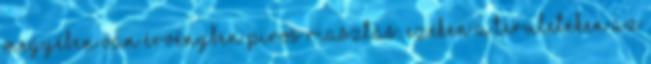
megyében van érvényben piros riasztás. Ezeken a területeken az